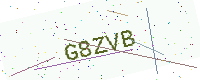
Text: G8ZVB